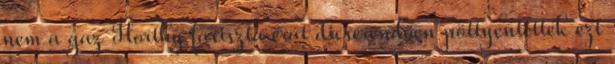
nem a gaz Horthy fasiszta érát dicsérendően pöttyentették ezt